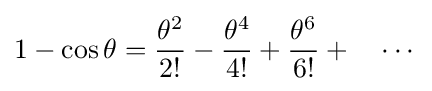
1-\cos \theta ={\frac {\theta ^{2}}{2!}}-{\frac {\theta ^{4}}{4!}}+{\frac {\theta ^{6}}{6!}}+\quad \cdots